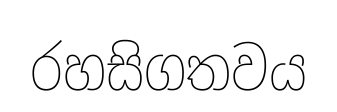
රහසිගතවය